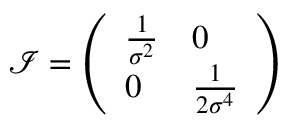
{ \mathcal { I } } = { \left( \begin{array} { l l } { { \frac { 1 } { \sigma ^ { 2 } } } } & { 0 } \\ { 0 } & { { \frac { 1 } { 2 \sigma ^ { 4 } } } } \end{array} \right) }